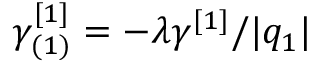
\gamma _ { ( 1 ) } ^ { [ 1 ] } = - \lambda \gamma ^ { [ 1 ] } / \vert q _ { 1 } \vert